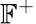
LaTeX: \mathbb{F}^{+}